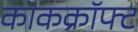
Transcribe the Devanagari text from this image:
काकक्रॉफ्ट